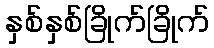
နှစ်နှစ်ခြိုက်ခြိုက်